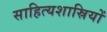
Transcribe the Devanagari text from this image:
साहित्यशास्रियों